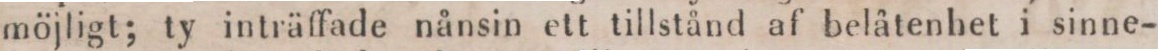
möjligt; ty inträffade nånsin ett tillstånd af belåtenhet i sinne-